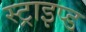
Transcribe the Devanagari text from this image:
स्ट्राइप्ड